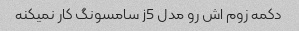
دکمه زوم اش رو مدل j5 سامسونگ کار نمیکنه